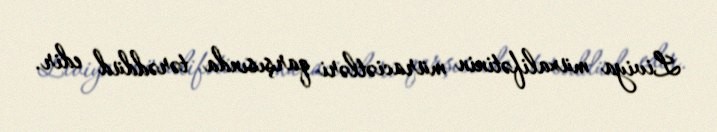
Liviya müxalifətinin müraciətləri qarşısında tərəddüd edir.